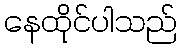
နေထိုင်ပါသည်